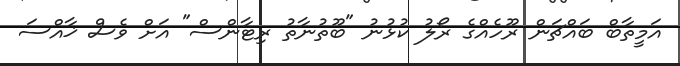
އަމީތާބް ބައްޗަން ރޫހެއްގެ ރޯލު ކުޅުނު "ބޫތުނާތު ރިޓާންސް" އަށް ވެސް ޚާއްސަ